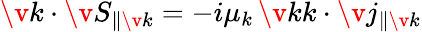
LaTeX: \v{k}\cdot\v{S}_{\parallel\v{k}}=-i\mu_{k}\, \v{kk}\cdot\v{j}_{\parallel\v{k}}